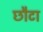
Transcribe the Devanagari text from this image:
छौटा